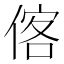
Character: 𬾼